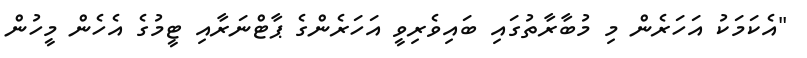
"އެކަމަކު އަހަރެން މި މުބާރާތުގައި ބައިވެރިވީ އަހަރެންގެ ޕާޓްނަރާއި ޓީމުގެ އެހެން މީހުން